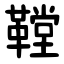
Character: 鞺